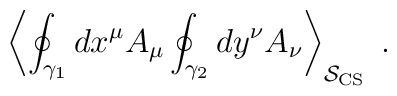
\left\langle \oint_{\gamma _1}dx^\mu A_\mu \oint_{\gamma _2}dy^\nu A_\nu\right\rangle _{\mathcal{S}_{\mathrm{CS}}}\;.